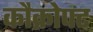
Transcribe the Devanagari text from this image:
कौक्रोफ्ट